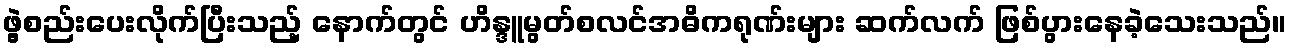
ဖွဲ့စည်းပေးလိုက်ပြီးသည့် နောက်တွင် ဟိန္ဒူမွတ်စလင်အဓိကရုဏ်းများ ဆက်လက် ဖြစ်ပွားနေခဲ့သေးသည်။